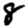
Digit: 8